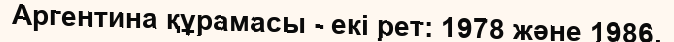
Аргентина құрамасы - екі рет: 1978 және 1986.